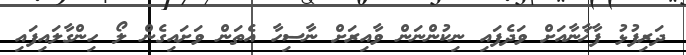
ދަރިފުޅު ފާޚާނާއަށް ވަދެފައި ނިކުންނަން ވާއިރަށް ނާސިހާ އެތަން ވަށައިގެން ލޯ ހިންގާލައިފައި